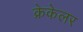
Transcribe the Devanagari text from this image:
क्रेकेलर